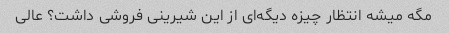
مگه میشه انتظار چیزه دیگه‌ای از این شیرینی فروشی داشت؟ عالی